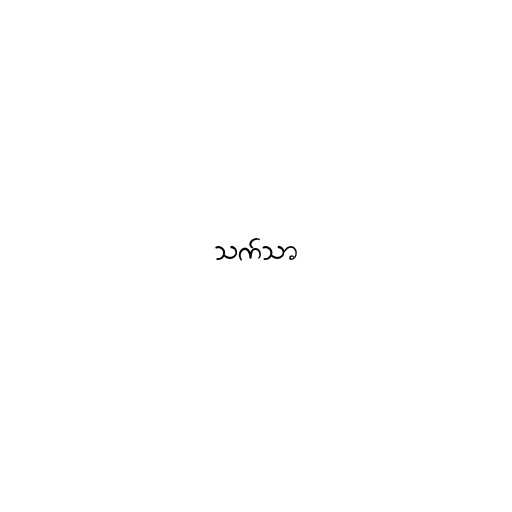
သက်သာ